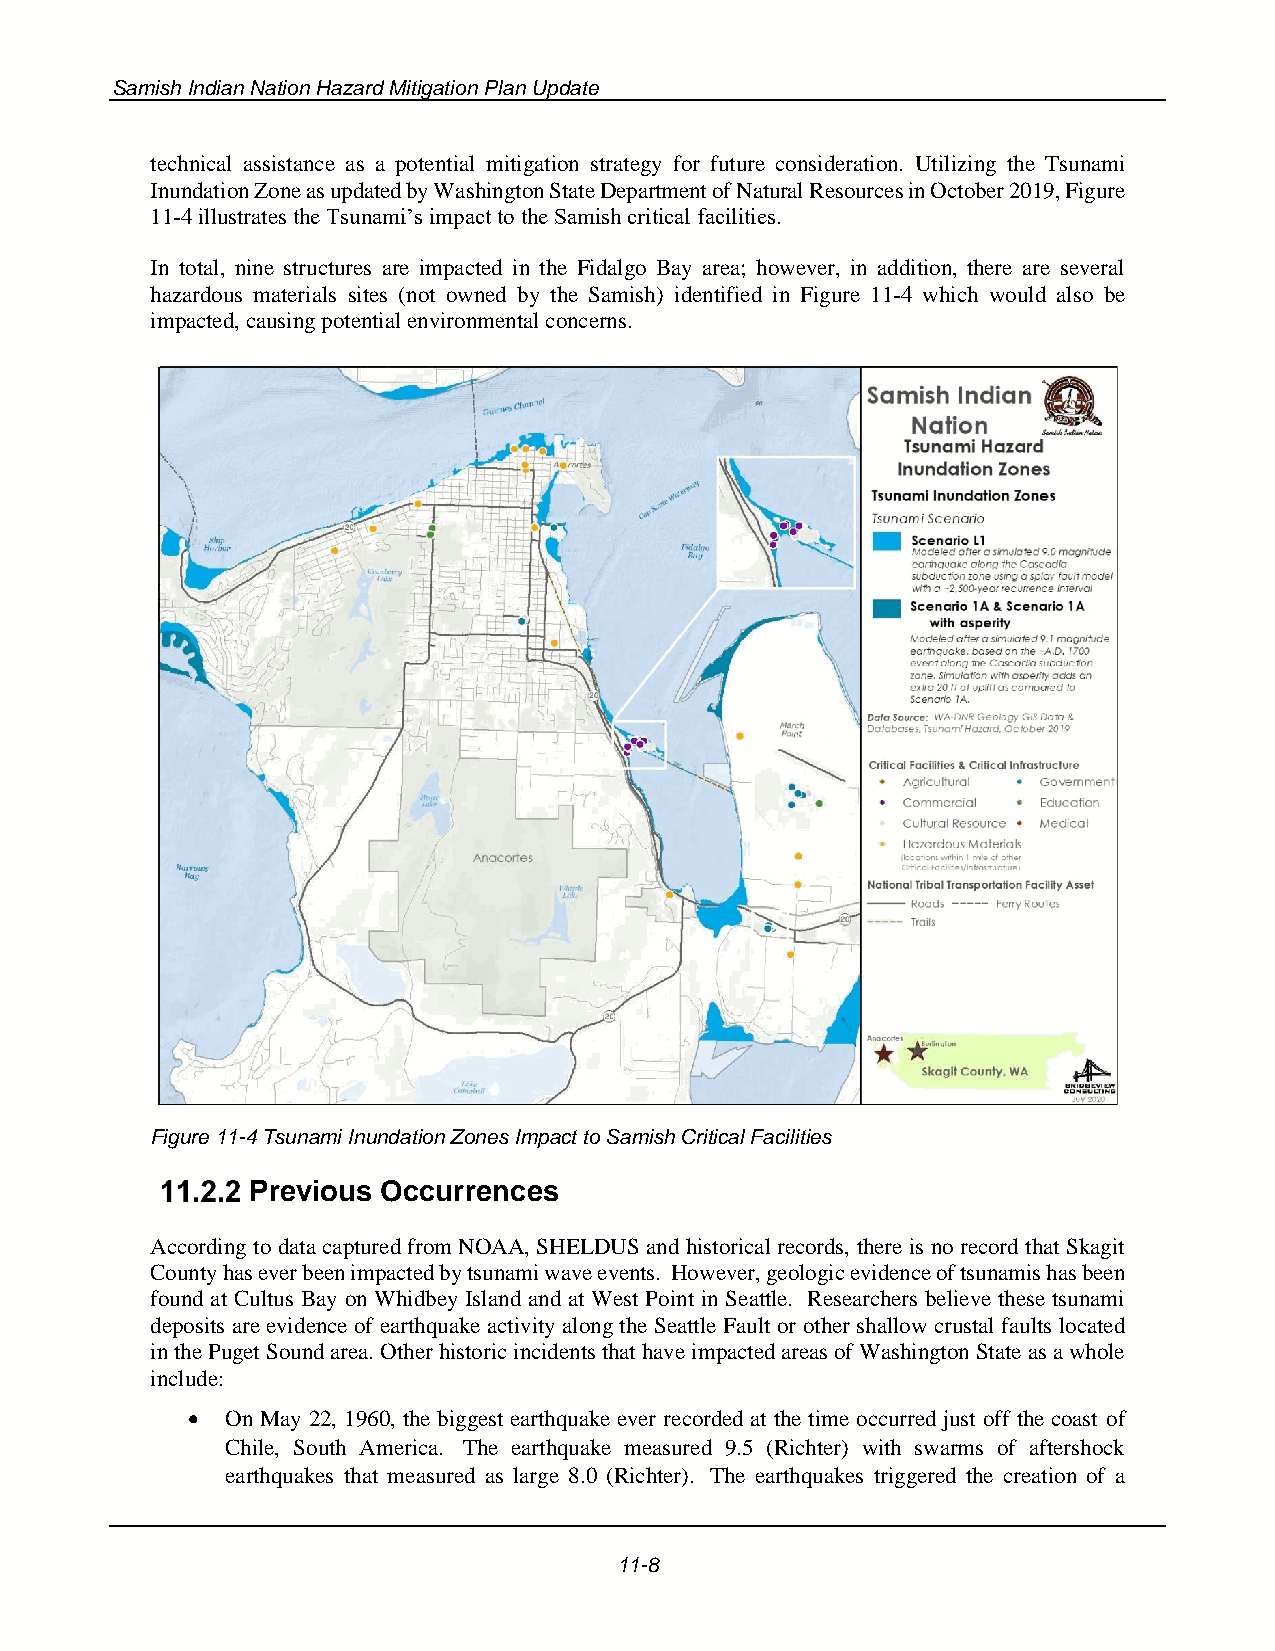
Samish Indian Nation Hazard Mitigation Plan Update
 technical assistance as a potential mitigation strategy for future consideration. Utilizing the Tsunami
 Inundation Zone as updated by Washington State Department of Natural Resources in October 2019, Figure
 11-4 illustrates the Tsunami’s impact to the Samish critical facilities.
 In total, nine structures are impacted in the Fidalgo Bay area; however, in addition, there are several
 hazardous materials sites (not owned by the Samish) identified in Figure 11-4 which would also be
 impacted, causing potential environmental concerns.
 Figure 11-4 Tsunami Inundation Zones Impact to Samish Critical Facilities
 Previous Occurrences
 According to data captured from NOAA, SHELDUS and historical records, there is no record that Skagit
 County has ever been impacted by tsunami wave events. However, geologic evidence of tsunamis has been
 found at Cultus Bay on Whidbey Island and at West Point in Seattle. Researchers believe these tsunami
 deposits are evidence of earthquake activity along the Seattle Fault or other shallow crustal faults located
 in the Puget Sound area. Other historic incidents that have impacted areas of Washington State as a whole
 include:
 •  On May 22, 1960, the biggest earthquake ever recorded at the time occurred just off the coast of
 Chile, South America. The earthquake measured 9.5 (Richter) with swarms of aftershock
 earthquakes that measured as large 8.0 (Richter). The earthquakes triggered the creation of a
 11-8